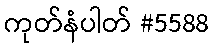
ကုတ်နံပါတ် #5588